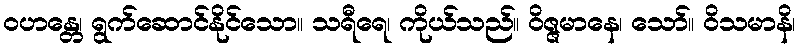
ဝဟန္တေ၊ ရွက်ဆောင်နိုင်သော။ သရီရေ၊ ကိုယ်သည်။ ဝိဇ္ဇမာနေ၊ သော်။ ဝိသမာနိ၊